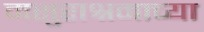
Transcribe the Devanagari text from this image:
मसुराश्रमाच्या